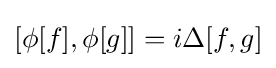
[\phi [f],\phi [g]]=i\Delta [f,g]